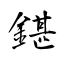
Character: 鍖